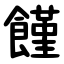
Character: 饉